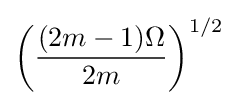
\left({\frac {(2m-1)\Omega }{2m}}\right)^{1/2}